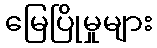
မြေပြိုမှုများ